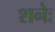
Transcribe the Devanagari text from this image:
शनेः